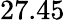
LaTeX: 27.45